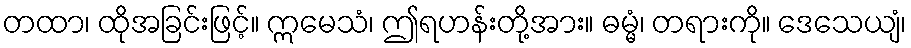
တထာ၊ ထိုအခြင်းဖြင့်။ ဣမေသံ၊ ဤရဟန်းတို့အား။ ဓမ္မံ၊ တရားကို။ ဒေသေယျံ၊